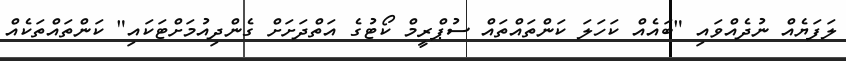
ލަފަޔެއް ނުދެއްވައި "ބައެއް ކަހަލަ ކަންތައްތައް ސުޕްރީމް ކޯޓުގެ އަތްދަށަށް ގެންދިއުމަށްޓަކައި" ކަންތައްތަކެއް